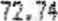
72.74